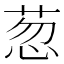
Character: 䓤